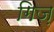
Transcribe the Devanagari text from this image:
गिज़